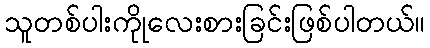
သူတစ်ပါးကိုုလေးစားခြင်းဖြစ်ပါတယ်။